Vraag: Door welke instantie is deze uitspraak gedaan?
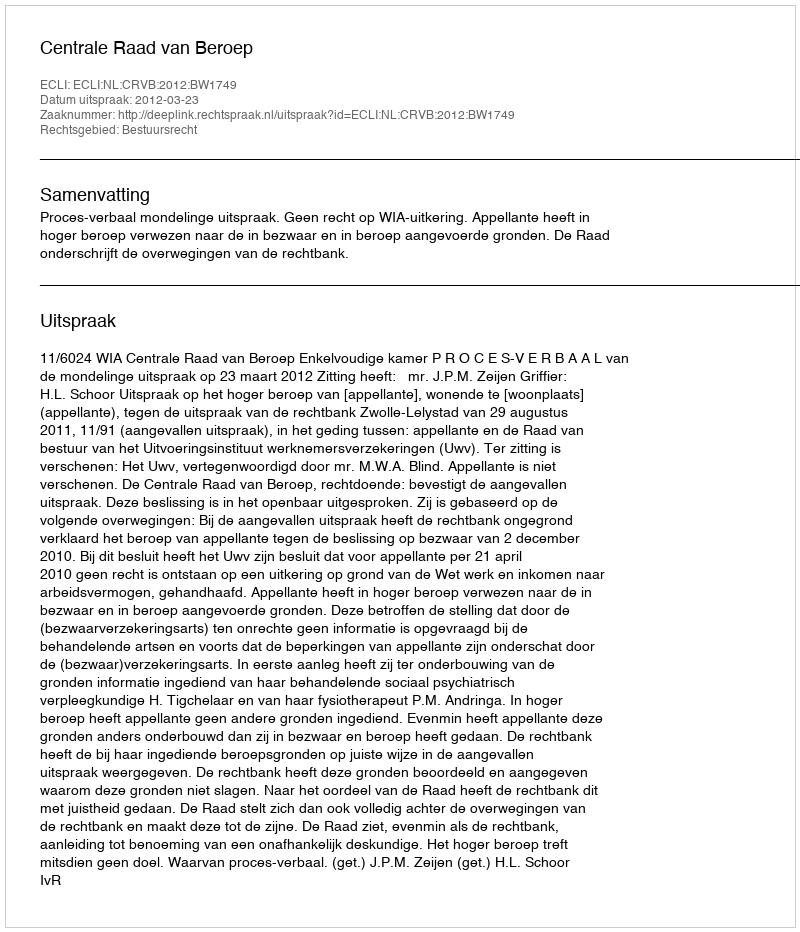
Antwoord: Centrale Raad van Beroep